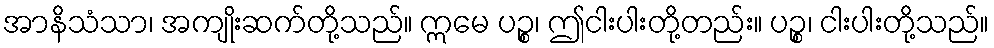
အာနိသံသာ၊ အကျိုးဆက်တို့သည်။ ဣမေ ပဉ္စ၊ ဤငါးပါးတို့တည်း။ ပဉ္စ၊ ငါးပါးတို့သည်။